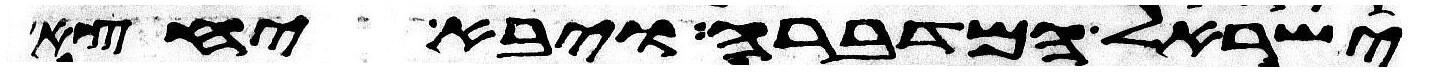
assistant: ישראל המדברה ויבא יחצה